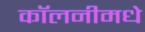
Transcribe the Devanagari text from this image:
कॉलनीमधे